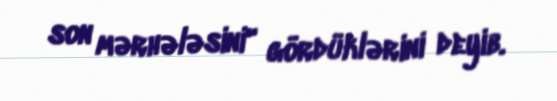
son mərhələsini" gördüklərini deyib.